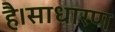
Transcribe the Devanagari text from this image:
है।साधारण